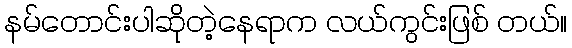
နမ်တောင်းပါဆိုတဲ့နေရာက လယ်ကွင်းဖြစ် တယ်။